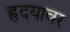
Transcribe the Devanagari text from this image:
ह्रदयावर